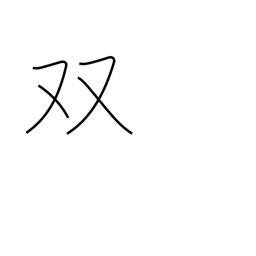
Meaning: pair